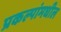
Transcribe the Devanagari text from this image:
प्रकल्पांमधील